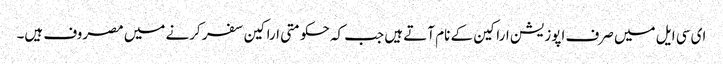
ای سی ایل میں صرف اپوزیشن اراکین کے نام آتے ہیں جب کہ حکومتی اراکین سفر کرنے میں مصروف ہیں۔